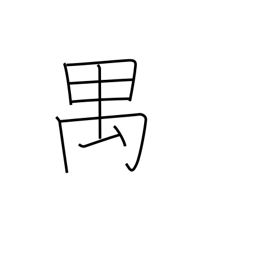
Meaning: long-tailed monkey